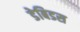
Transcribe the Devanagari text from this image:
डेबिडस